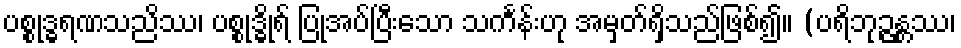
ပစ္စုဒ္ဓရဏသညိဿ၊ ပစ္စုဒ္ဓိုရ် ပြုအပ်ပြီးသော သင်္ကန်းဟု အမှတ်ရှိသည်ဖြစ်၍။ (ပရိဘုဉ္ဇန္တဿ၊